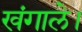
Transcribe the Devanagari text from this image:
खंगाले।